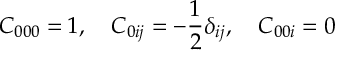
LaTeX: C _ { 0 0 0 } = 1 , \quad C _ { 0 i j } = - \frac { 1 } { 2 } \delta _ { i j } , \quad C _ { 0 0 i } = 0